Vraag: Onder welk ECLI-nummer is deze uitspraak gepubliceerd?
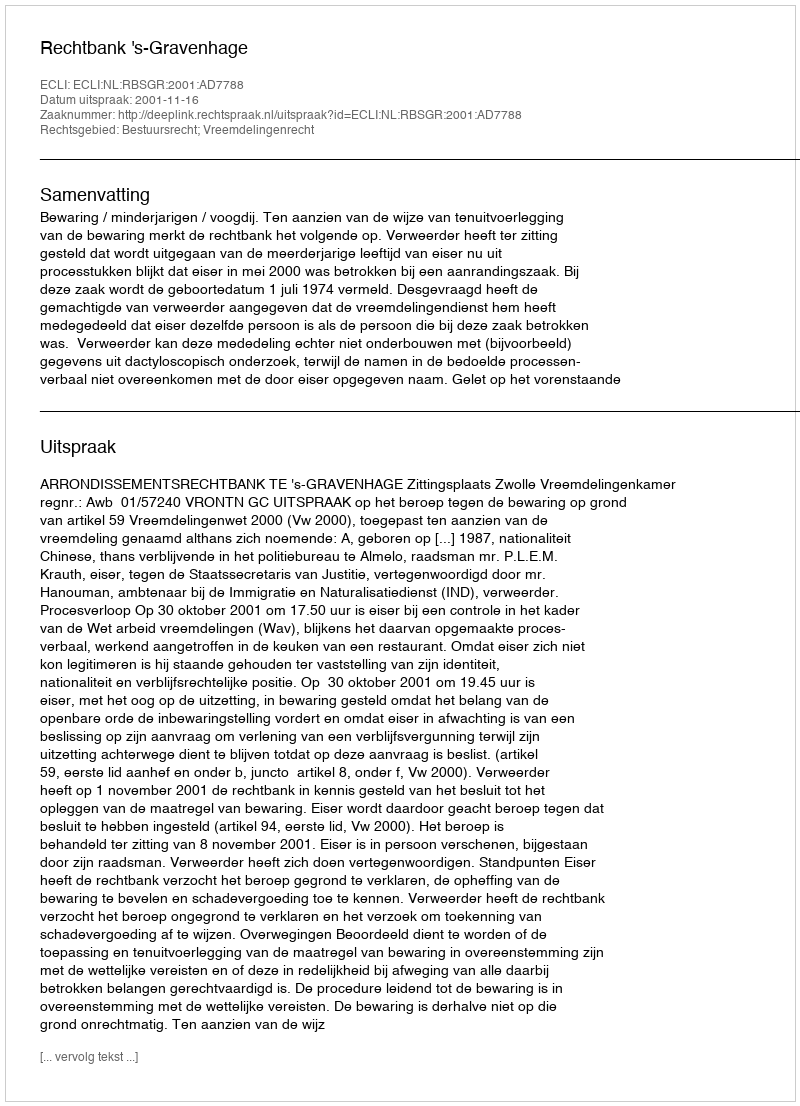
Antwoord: ECLI:NL:RBSGR:2001:AD7788